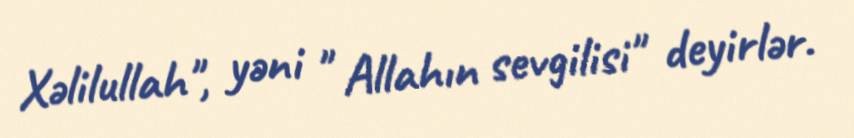
Xəlilullah", yəni " Allahın sevgilisi" deyirlər.